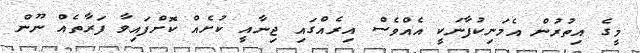
މީގެ އިތުރުން އެމަނިކުފާނަކީ އެއްވެސް އިރެއްގައި ޖިނާއީ ކުށެއް ކޮށްފައިވާ ފަރާތެއް ނޫން